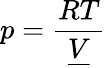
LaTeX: p={\frac{RT}{\underline{{V}}}}